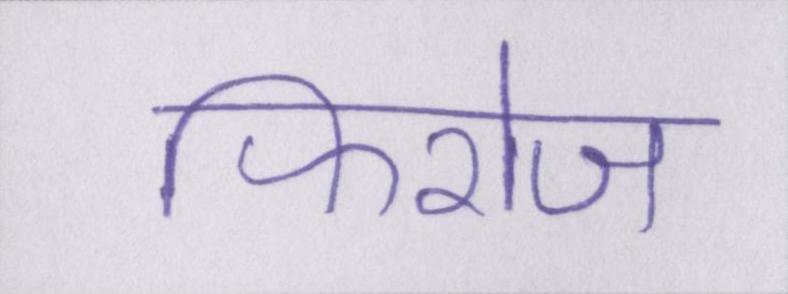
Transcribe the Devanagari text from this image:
फिरोज